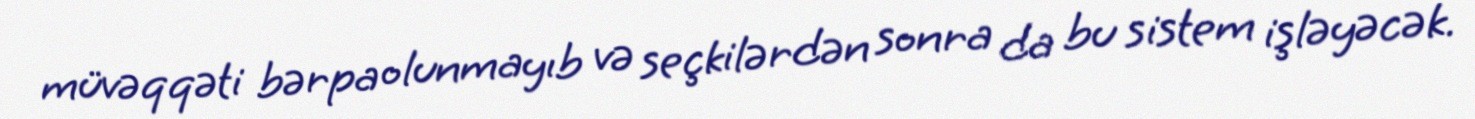
müvəqqəti bərpa olunmayıb və seçkilərdən sonra da bu sistem işləyəcək.